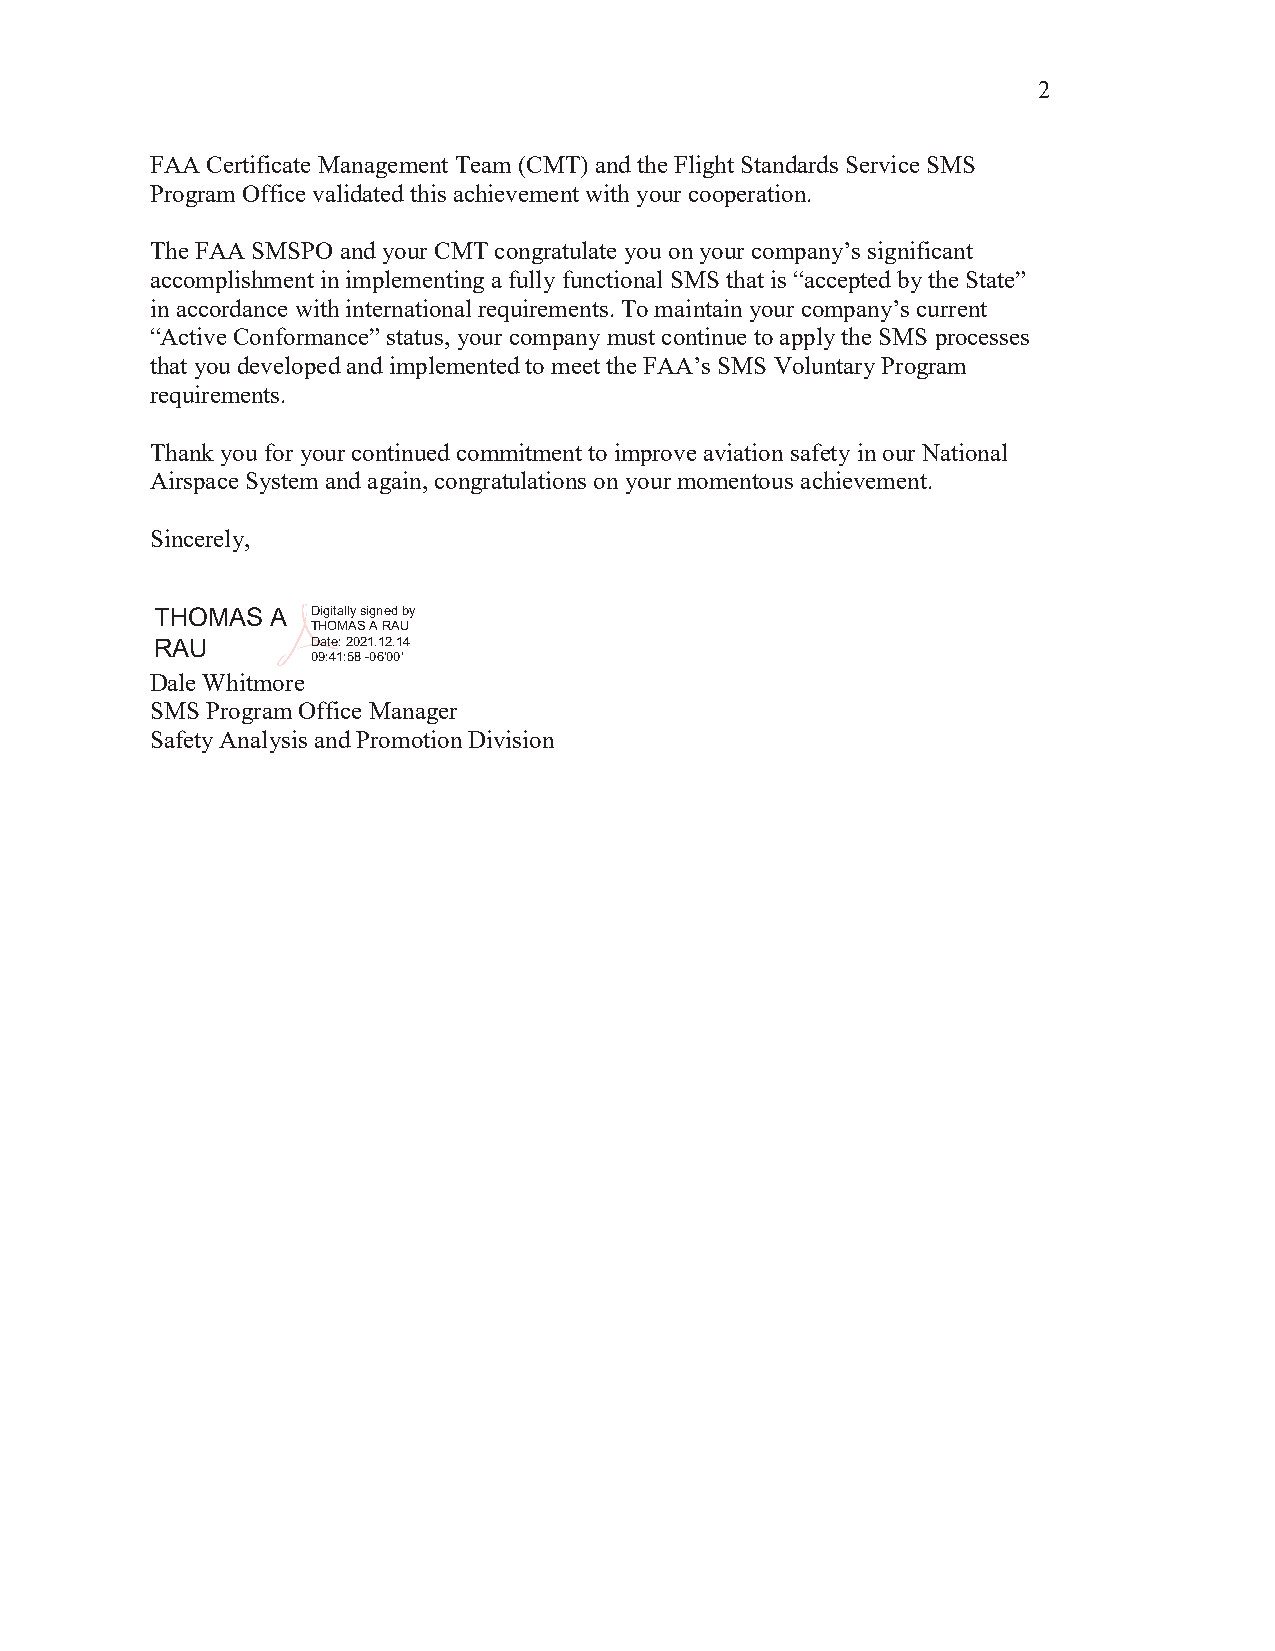
2
 FAA Certificate Management Team (CMT) and the Flight Standards Service SMS
 Program Office validated this achievement with your cooperation.
 The FAA SMSPO and your CMT congratulate you on your company’s significant
 accomplishment in implementing a fully functional SMS that is “accepted by the State”
 in accordance with international requirements. To maintain your company’s current
 “Active Conformance” status, your company must continue to apply the SMS processes
 that you developed and implemented to meet the FAA’s SMS Voluntary Program
 requirements.
 Thank you for your continued commitment to improve aviation safety in our National
 Airspace System and again, congratulations on your momentous achievement.
 Sincerely,
 THOMAS  A  Digitally signed by
 THOMAS A RAU
 RAU        Date: 2021.12.14
 09:41:58 -06'00'
 Dale Whitmore
 SMS Program Office Manager
 Safety Analysis and Promotion Division